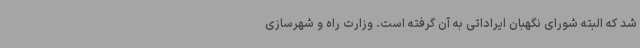
شد که البته شورای نگهبان ایراداتی به آن گرفته است. وزارت راه و شهرسازی